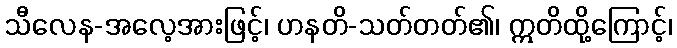
သီလေန-အလေ့အားဖြင့်၊ ဟနတိ-သတ်တတ်၏၊ ဣတိထို့ကြောင့်၊